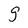
Character: g